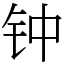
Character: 钟